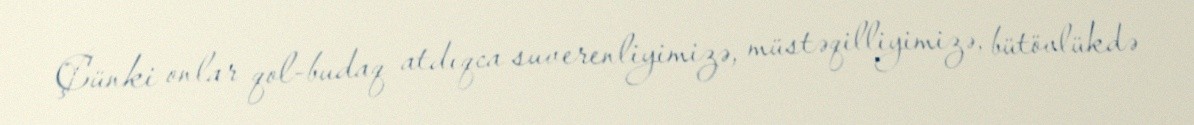
Çünki onlar qol-budaq atdıqca suverenliyimizə, müstəqilliyimizə, bütövlükdə